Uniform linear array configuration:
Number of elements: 24
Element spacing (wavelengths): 0.25
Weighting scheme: cosine
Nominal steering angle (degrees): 30
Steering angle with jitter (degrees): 31.942
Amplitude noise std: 0.05
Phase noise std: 0.05

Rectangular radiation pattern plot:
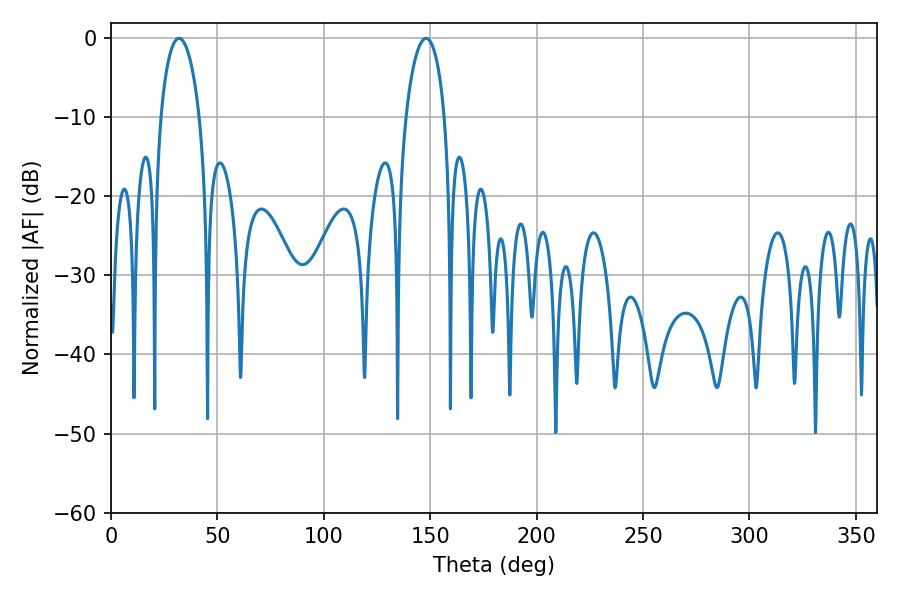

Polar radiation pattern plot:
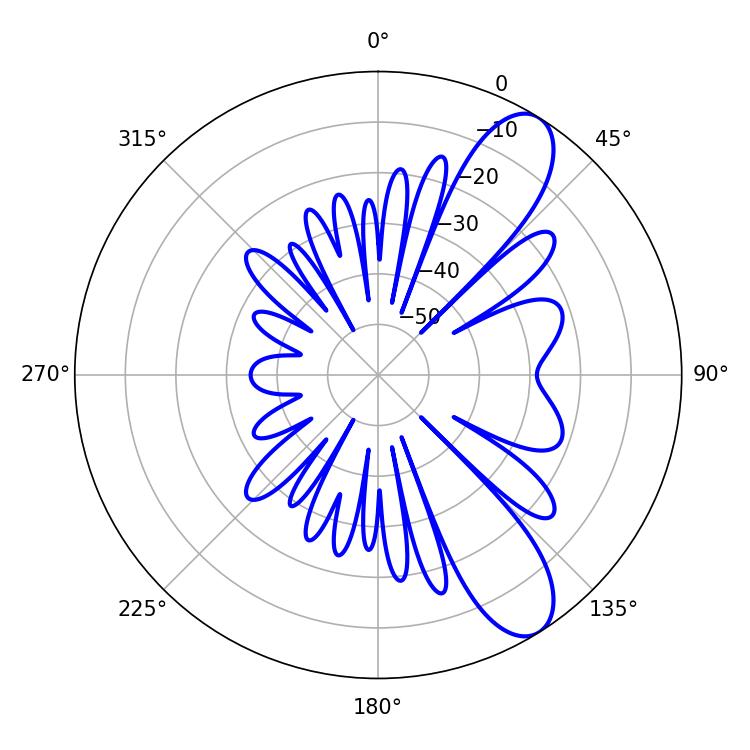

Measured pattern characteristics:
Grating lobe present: FALSE
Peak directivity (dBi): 9.775
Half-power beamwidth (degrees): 10.26
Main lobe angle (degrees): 32.04